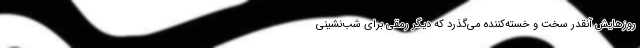
روزهایش آنقدر سخت و خسته‌کننده می‌گذرد که دیگر رمقی برای شب‌نشینی